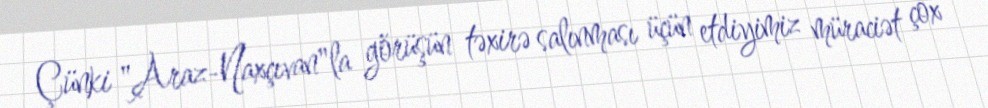
Çünki "Araz-Naxçıvan"la görüşün təxirə salınması üçün etdiyimiz müraciət çox